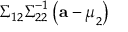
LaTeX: { \boldsymbol { \Sigma } } _ { 1 2 } { \boldsymbol { \Sigma } } _ { 2 2 } ^ { - 1 } \left( \mathbf { a } - { \boldsymbol { \mu } } _ { 2 } \right)